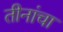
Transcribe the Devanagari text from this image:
तीनांचा